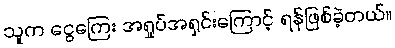
သူက ငွေကြေး အရှုပ်အရှင်းကြောင့် ရန်ဖြစ်ခဲ့တယ်။